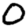
Digit: 0